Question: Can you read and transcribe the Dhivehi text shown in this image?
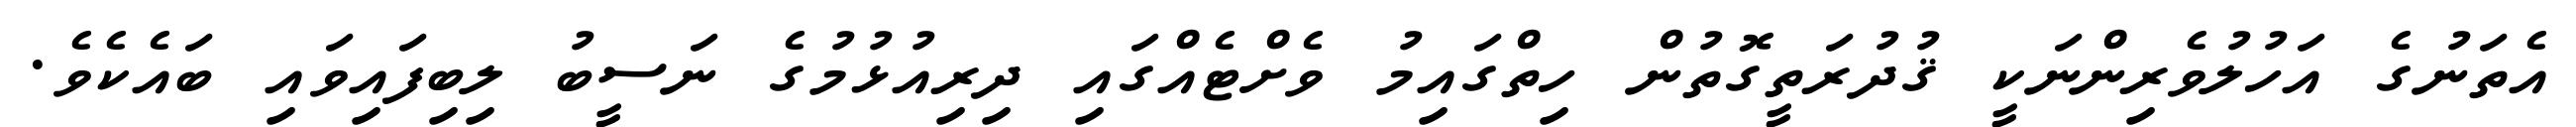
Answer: އެތަނުގެ އަހުލުވެރިންނަކީ ޤުދުރަތީގޮތުން ހިތްގައިމު ވެށްޓެއްގައި ދިރިއުޅުމުގެ ނަސީބު ލިބިފައިވައި ބައެކެވެ.